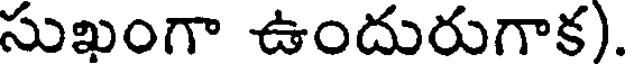
సుఖంగా ఉందురుగాక).